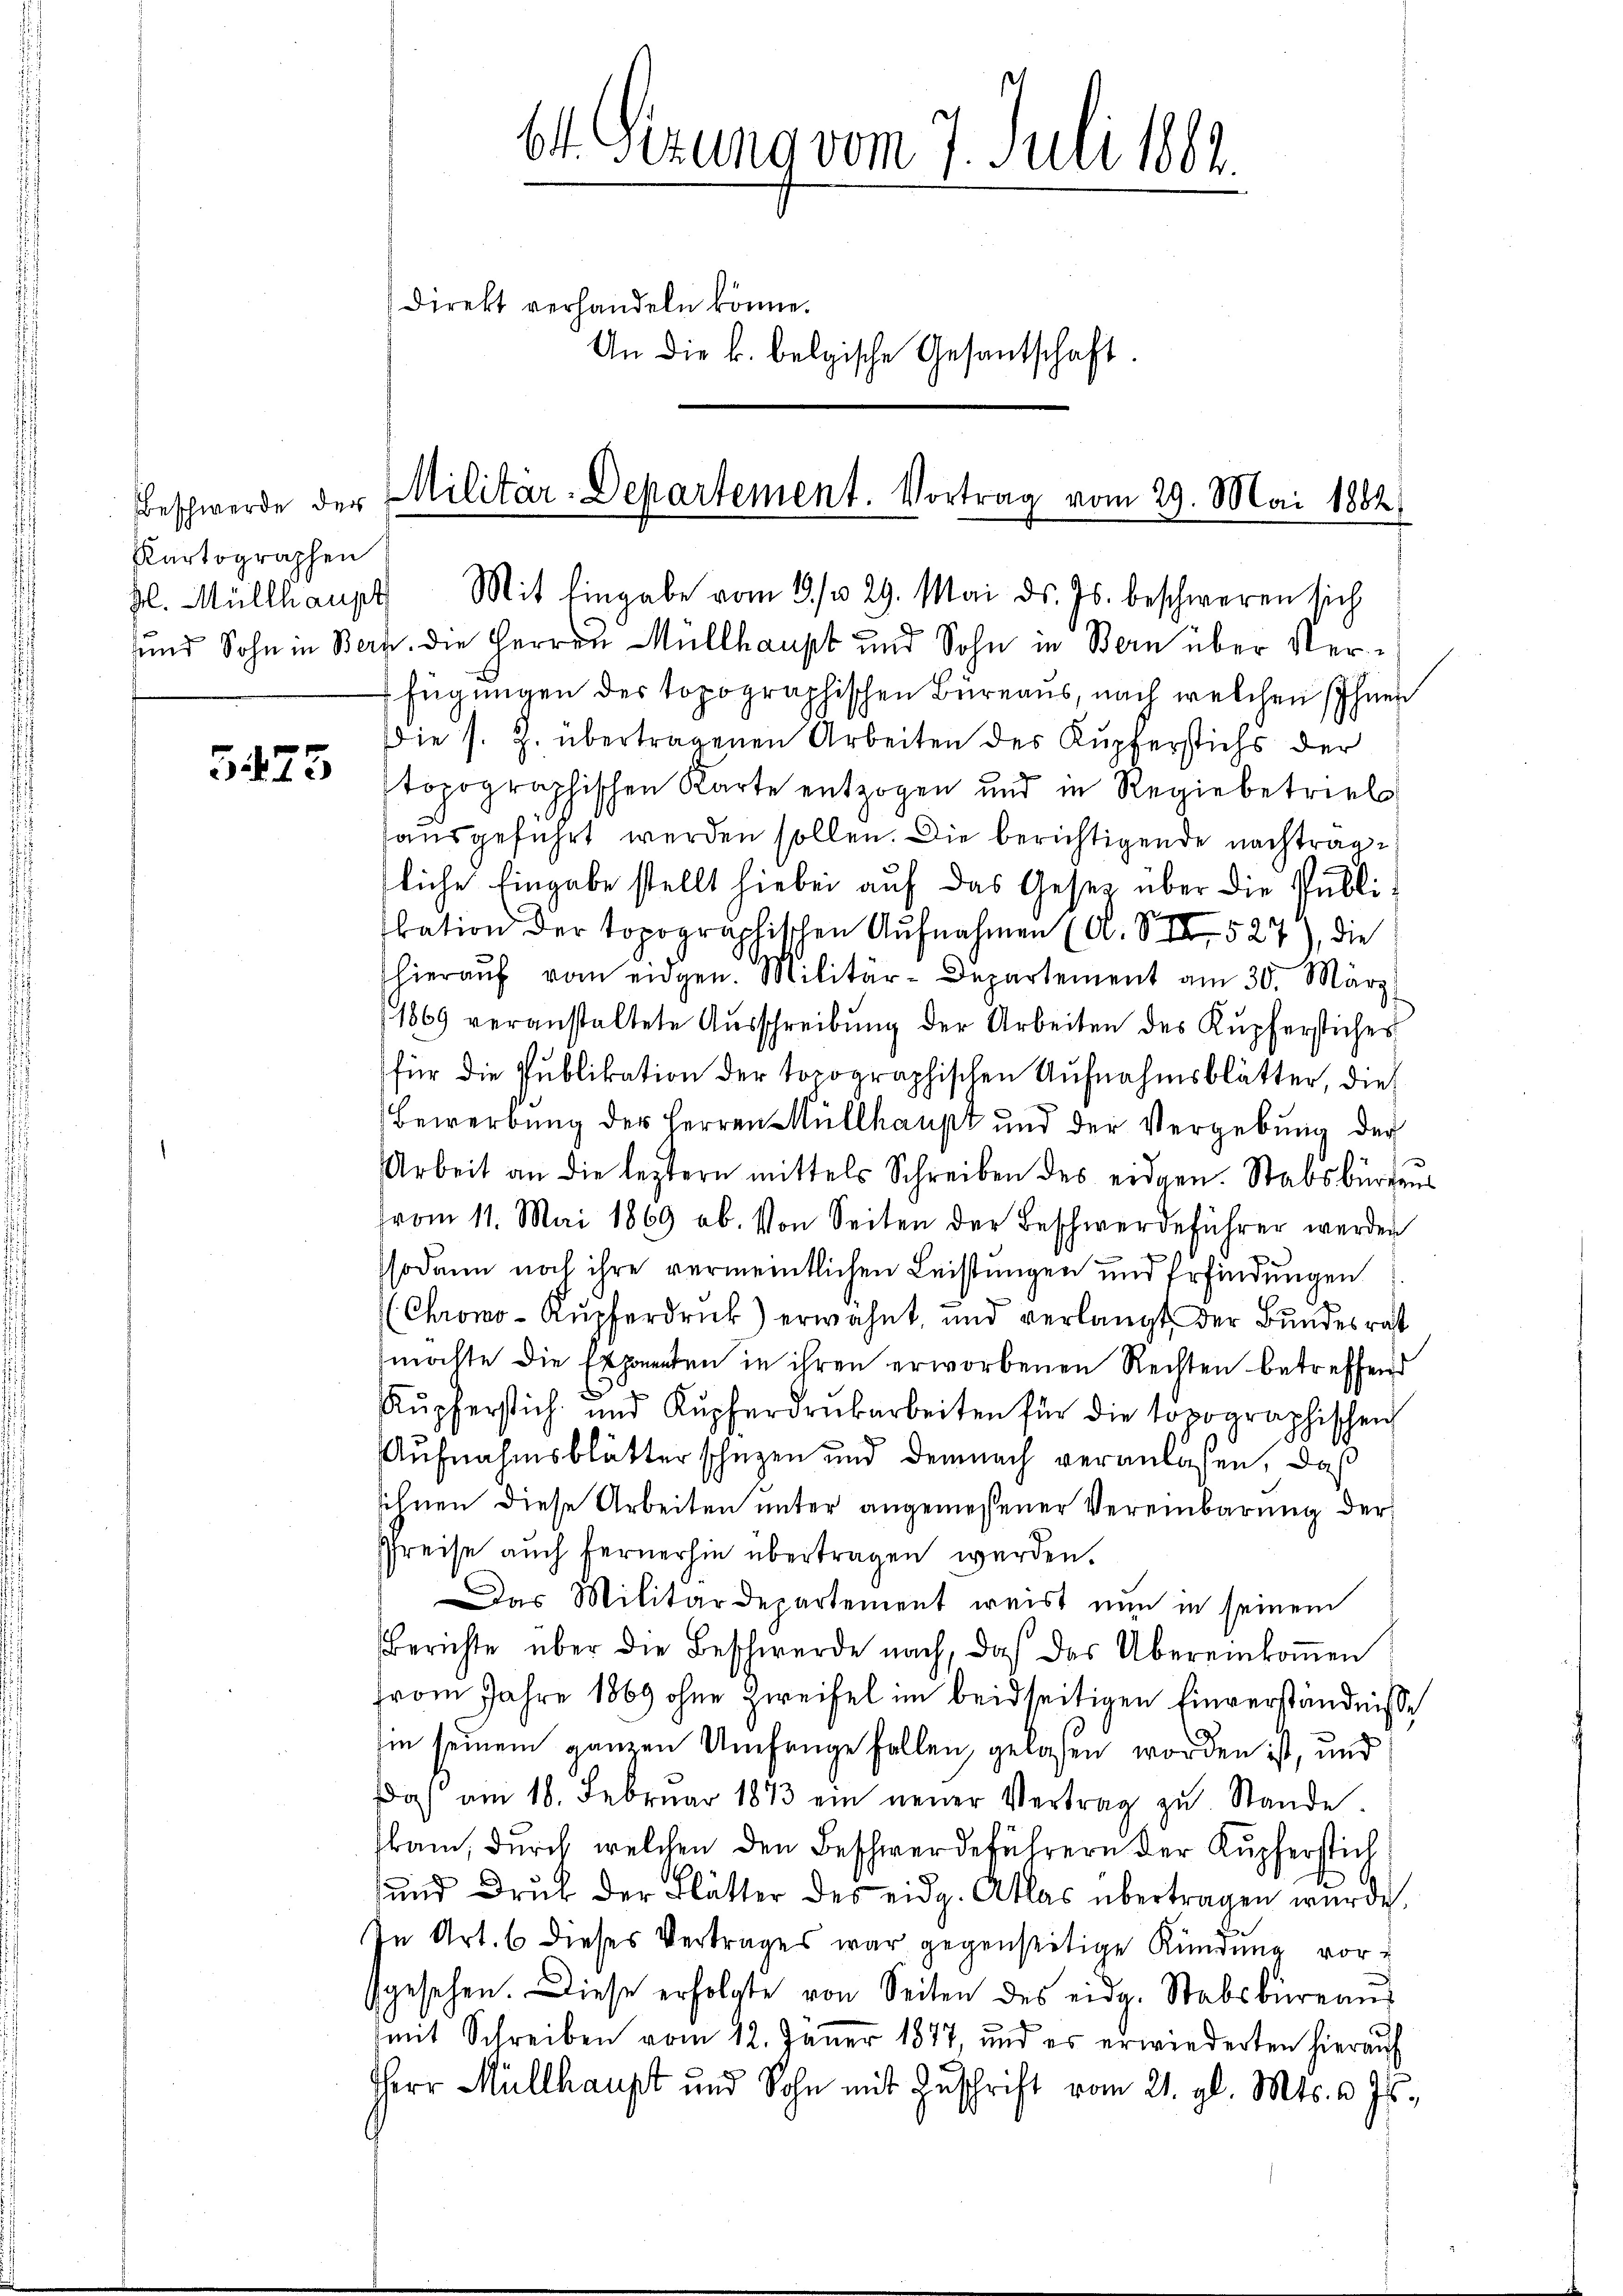
Beschwerde der
Kartographen

5475

bt. Sizung vom 7. Juli 1884.
Direkt verhandeln könne.
An die k. belgische Gesantschaft.

Militär-Departement. Vortrag vom 29. Mai 1884
kl. Müllhaupt Mit Eingabe vom 3. / 29. Mai d. Js. beschweren sich

und Sohn in Bern die Herren Müllhaupt und Sohn in Bern über Verfügungen des topographischen Büreaus, nach welchen Ihnen
Die s. Z. übertragenen Arbeiten des Kupferstichs der
topographischen Karte entzogen und in Regiebetriebs
ausgeführt werden sollen. Die berichtigende nachtragfliche Eingabe stellt hiebei auf das Gesetz über die Publilation der topographischen Aufnahmen (A. VIII 527), die
hieraŭf vom eidgen. Militär-Departement am 30. März
1869 veranstaltete Aŭsschreibŭng der Arbeiten des Kupferstiches
für die Publikation der topographischen Aufnahmsblätter, die
Bewerbung der Herren Müllhaupt und der Vergebung der
Arbeit an die leztern mittels Schreiben des eidgen. Stabsbürgens
vom 11. Mai 1869 ab. Von Seiten der Beschwerdeführer werden
sodann noch ihre vermeintlichen Leistungen und Erfindungen
(Chrono-Kupferdruck) erwähnt, und verlangt der Bundesrat
möchte die Exponenten in ihren erworbenen Rechten betreffend
RKupferstich und Kupferdruckarbeiten für die topographischen
Aufnahmsblätter schuzen und demnach veranlaßen, daß
sihnen diese Arbeiten unter angemessener Vereinbarung der
Preise auch fernerhin übertragen werden.
Das Militärdepartement weist nun in seinem
Berichte über die Beschwerde nach, daß des Übereinkoṁen
from Jahre 1869 ohne Zweifel im beidseitigen Einverständnisse
in seinem ganzen Umfange fallen, gelassen worden ist, und
dos am 18. Februar 1873 ein neuer Vertrag zŭ Stande
kam, durch welchen den Beschwerdeführern der Kupferstich
und Druk der Blätter des eidg. Atlas übertragen wurde.
In Art. 6 dieses Vertrages war gegenseitige Kündung vorsgesehen. Diese erfolgte von Seiten des eid. Stabsbüreaŭs
mit Schreiben vom 12. Jänner 1877, und es erwiederten hierauf
Herr Müllhaupt und Sohn mit Zŭschrift vom 21. gl. Mts. v. Js.